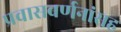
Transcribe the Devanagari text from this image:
प्रवासवर्णनांसह